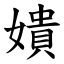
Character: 嬇